Lunatic asylums Burma 1907-21 - 1907-1921
Year: 1907
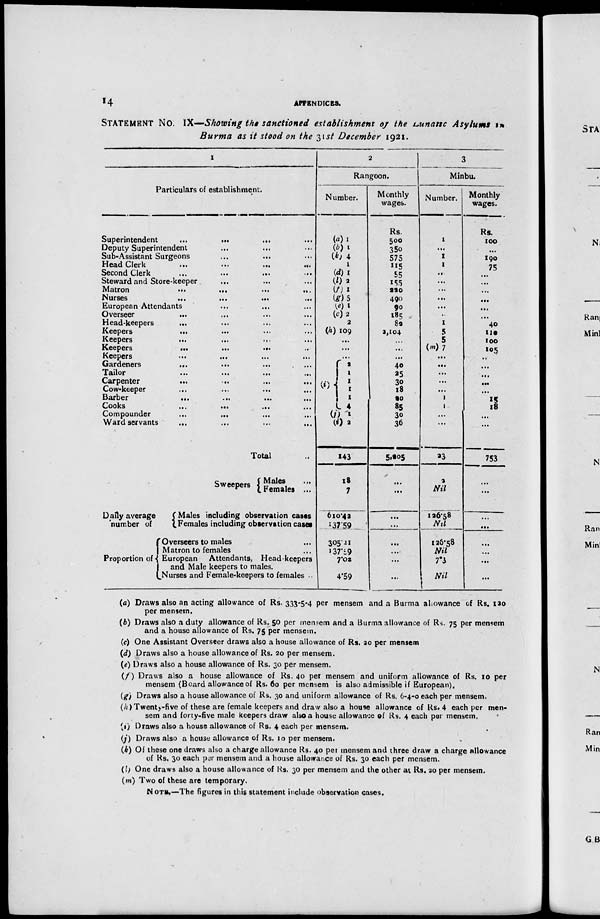
14
APPENDICES.
STATEMENT NO. IX—Showing the sanctioned establishment of the Lunatic Asylums in
Burma as it stood on the 31st December 1921.
1
Particulars of establishment.
Superintendent
...
...
...
Deputy Superintendent ... ... ...
Sub-Assistant Surgeons ... ... ...
Head Clerk
...
...
...
...
Second Clerk ... ... ... ...
Steward and Store-keeper ... ... ...
Matron
...
...
...
...
Nurses
...
...
...
...
...
European Attendants ... ... ... ...
Overseer
... ... ... ... ...
Head-keepers
... ... ... ... ...
Keepers
... ... ... ... ...
Keepers
... ... ... ... ...
Keepers
...
...
...
...
Keepers ... ... ... ...
Gardeners
...
...
...
...
Tailor ... ... ... ... ...
Carpenter ... ... ... ... ...
Cow-keeper ... ... ... ... ...
Barber
...
...
...
...
...
Cooks
...
...
...
...
...
Compounder
...
...
...
...
Ward servants ... ... ... ...
Total ...
Sweepers
Daily average
number of
Proportion of
Males ...
Females ...
Males including observation cases
Females including observation cases
Overseers to males ...
Matron to females ...
European Attendants, Head-keepers
and Male keepers to males.
Nurses and Female-keepers to females ...
2
Rangoon.
Number.
(a) 1
(b) 1
(k) 4
1
(d)1
(l) 2
(f) 1
(g)5
(e) 1
(c)2
2
(h) 109
...
...
...
(i)
2
1
1
1
1
4
(j) 1
(i) 2
143
13
7
610.42
137.59
305.21
137.29
7.02
4.59
Monthly
wages.
Rs.
500
350
575
115
55
155
220
490
90
185
82
2, 104
...
...
...
40
25
30
18
20
85
30
36
5,205
...
...
...
...
...
...
...
...
3
Minbu.
Number.
1
...
1
1
...
...
...
...
...
...
1
5
5
(m)7
...
...
...
...
...
1
1
...
...
23
2
Nil
126.58
Nil
126.58
Nil
7.3
Nil
Monthly
wages.
Rs.
100
...
190
75
...
...
...
...
...
...
40
110
100
105
...
...
...
...
...
15
18
...
...
753
...
...
...
...
...
...
...
...
(a) Draws also an acting allowance of Rs. 333-5-4 per mensem and a Burma allowance of Rs. 120
per mensem.
(b) Draws also a duty allowance of Rs. 50 per mensem and a Burma allowance of Rs. 75 per mensem
and a house allowance of Rs. 75 per mensem.
(c) One Assistant Overseer draws also a house allowance of Rs. 20 per mensem.
(d) Draws also a house allowance of Rs. 20 per mensem.
(e) Draws also a house allowance of Rs. 30 per mensem.
(f) Draws also a house allowance of Rs. 40 per mensem and uniform allowance of Rs. 10 per
mensem (Board allowance of Rs. 60 per mensem is also admissible if European).
(g) Draws also a house allowance of Rs. 30 and uniform allowance of Rs. 6-4-0 each per mensem.
(h)Twenty-five of these are female keepers and draw also a house allowance of Rs. 4 each per men-
sem and forty-five male keepers draw also a house allowance of Rs. 4 each per mensem.
(i) Draws also a house allowance of Rs. 4 each per mensem.
(j) Draws also a house allowance of Rs. 10 per mensem.
(k) Of these one draws also a charge allowance Rs. 40 per mensem and three draw a charge allowance
of Rs. 30 each per mensem and a house allowance of Rs. 30 each per mensem.
(l) One draws also a house allowance of Rs. 30 per mensem and the other at Rs. 20 per mensem.
(m) Two of these are temporary.
NOTE.—The figures in this statement include observation cases.